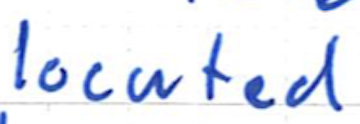
Text: located
Cross-out: clean
Writing tool: ballpoint